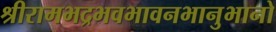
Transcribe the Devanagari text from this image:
श्रीरामभद्रभवभावनभानुभानो